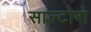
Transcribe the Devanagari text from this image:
साल्टोरो